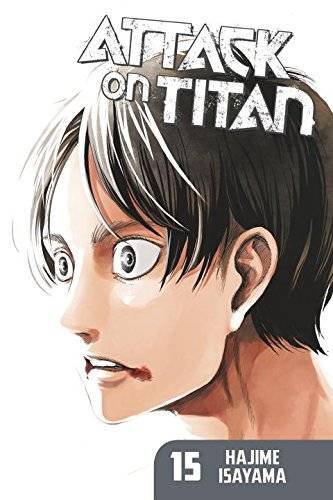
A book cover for Attack on Titan 15; Hajime Isayama; Comics & Graphic Novels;